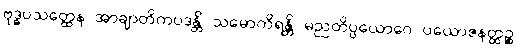
ဗုဒ္ဓပသတ္ထေန အာချာတိကပဒန္တိ သမောကိရန္တိ မညတိပ္ပယောဂေ ပယောဇနတ္ထဉ္စ